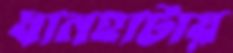
ধানহাটায়